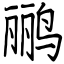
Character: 鹂